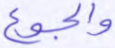
والجوع